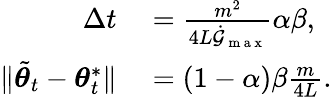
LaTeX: \begin{array}{rl}{\Delta t}&{{}=\frac{m^{2}}{4L\dot{\mathcal{G}}_{\mathrm{~m~a~x~}}}\alpha\beta,}\\ {\lVert\tilde{{\boldsymbol{\theta}}}_{t}-{\boldsymbol{\theta}}_{t}^{*}\rVert}&{{}=(1-\alpha)\beta\frac{m}{4L}.}\end{array}